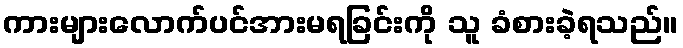
ကားများလောက်ပင်အားမရခြင်းကို သူ ခံစားခဲ့ရသည်။